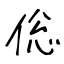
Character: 倊